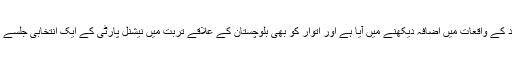
انتخابات سے قبل تشدد کے واقعات میں اضافہ دیکھنے میں آیا ہے اور اتوار کو بھی بلوچستان کے علاقے تربت میں نیشنل پارٹی کے ایک انتخابی جلسے کے قریب ایک بم ہوا۔